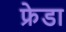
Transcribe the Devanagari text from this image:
फ्रेडा